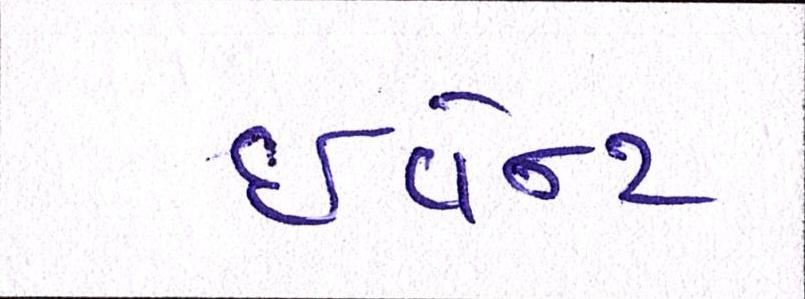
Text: ઈવેન્ટ